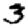
Digit: 3